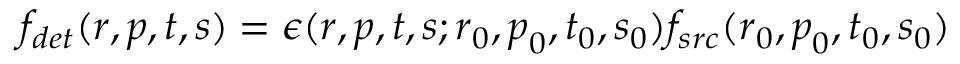
\begin{array} { r } { f _ { d e t } ( \boldsymbol { r } , \boldsymbol { p } , t , s ) = \epsilon ( \boldsymbol { r } , \boldsymbol { p } , t , s ; \boldsymbol { r } _ { 0 } , \boldsymbol { p } _ { 0 } , t _ { 0 } , s _ { 0 } ) f _ { s r c } ( \boldsymbol { r } _ { 0 } , \boldsymbol { p } _ { 0 } , t _ { 0 } , s _ { 0 } ) } \end{array}